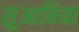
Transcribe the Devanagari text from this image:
सुआबिया